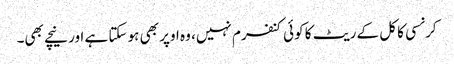
کرنسی کا کل کے ریٹ کا کوئی کنفرم نہیں، وہ اوپر بھی ہو سکتا ہے اور نیچے بھی۔